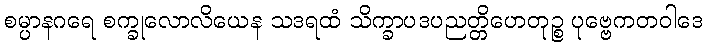
စမ္ပာနဂရေ စက္ခုလောလိယေန သဒရထံ သိက္ခာပဒပညတ္တိဟေတုဉ္စ ပုဗ္ဗေကတဝါဒေ